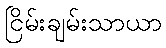
ငြိမ်းချမ်းသာယာ